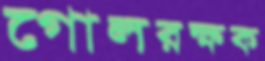
গোলরক্ষক